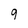
Character: 9